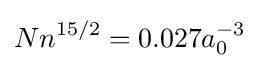
Nn^{15/2}=0.027a_{0}^{-3}